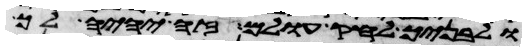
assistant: ולבניך לחק עולם זה יהיה לך